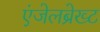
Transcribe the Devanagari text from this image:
एंजेलब्रेख्ट